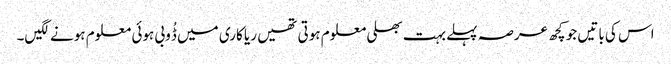
اس کی باتیں جو کچھ عرصہ پہلے بہت بھلی معلوم ہوتی تھیں ریا کاری میں ڈُوبی ہوئی معلوم ہونے لگیں۔